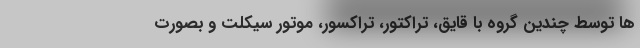
ها توسط چندین گروه با قایق، تراکتور، تراکسور، موتور سیکلت و بصورت